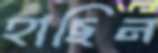
হাছিন